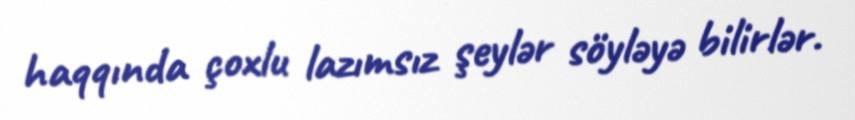
haqqında çoxlu lazımsız şeylər söyləyə bilirlər.